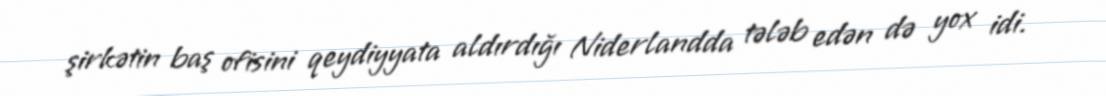
şirkətin baş ofisini qeydiyyata aldırdığı Niderlandda tələb edən də yox idi.